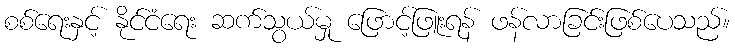
စစ်ရေးနှင့် နိုင်ငံရေး ဆက်သွယ်မှု ဖြောင့်ဖြူးရန် ဖန်လာခြင်းဖြစ်ပေသည်။